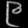
Digit: ၉